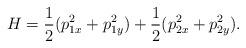
LaTeX: \begin{align*}H=\frac{1}{2}(p_{1x}^2+p_{1y}^2)+\frac{1}{2}(p_{2x}^2+p_{2y}^2).\end{align*}